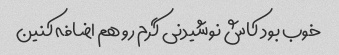
خوب بود کاش نوشیدنی گرم رو هم اضافه کنین